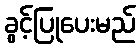
ခွင့်ပြုပေးမည်